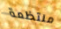
منتظمة